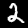
Label: 2